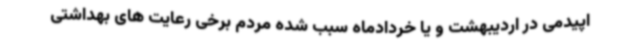
اپیدمی در اردیبهشت و یا خردادماه سبب شده مردم برخی رعایت های بهداشتی